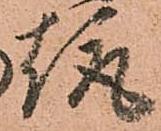
趣